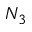
N _ { 3 }